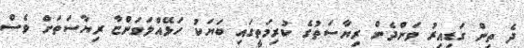
ދެ ތިން ގަޑިއިރު ވަންދެން ރިޔާސަތުގެ ކުރިމަތީގައި ބަޔަކު ހަޅޭއްލަވަންޏާ ރިޔާސަތަށް ވެސް